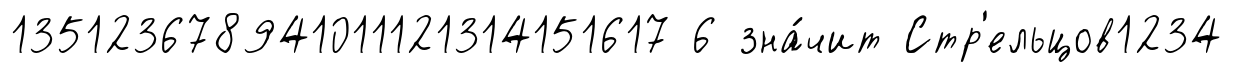
135123678941011121314151617 6 зна́чит Стр'ельцов1234